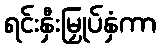
ရင်းနှီးမြှုပ်နှံကာ